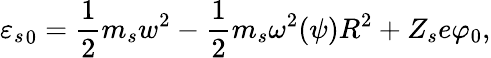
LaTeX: {{\varepsilon}_{s}}_{0}=\frac{1}{2}m_{s}w^{2}-\frac{1}{2}m_{s}\omega^{2}(\psi)R^{2}+Z_{s}e\varphi_{0},